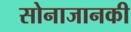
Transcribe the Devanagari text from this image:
सोनाजानकी